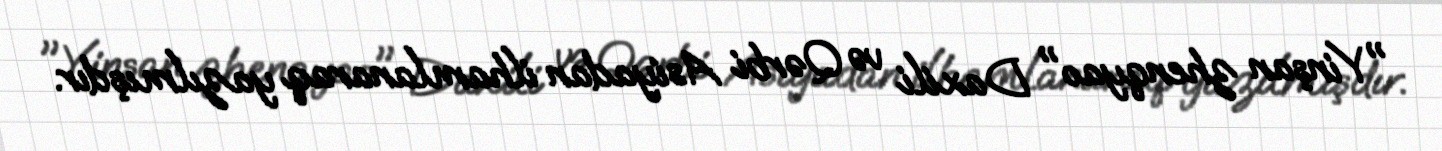
"Yinşan zhenqyao" Daxili və Qərbi Asiyadan ilhamlanaraq yazılmışdır.